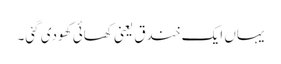
یہاں ایک خندق یعنی کھائی کھودی گئی۔